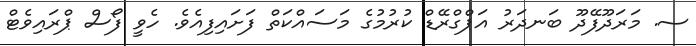
ސ. މަރަދޫފޭދޫ ބަނދަރު އަޕްގްރޭޑް ކުރުމުގެ މަސައްކަތް ފަށައިފިއެވެ. ހެވީ ފޯސް ޕްރައިވެޓް